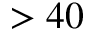
> 4 0